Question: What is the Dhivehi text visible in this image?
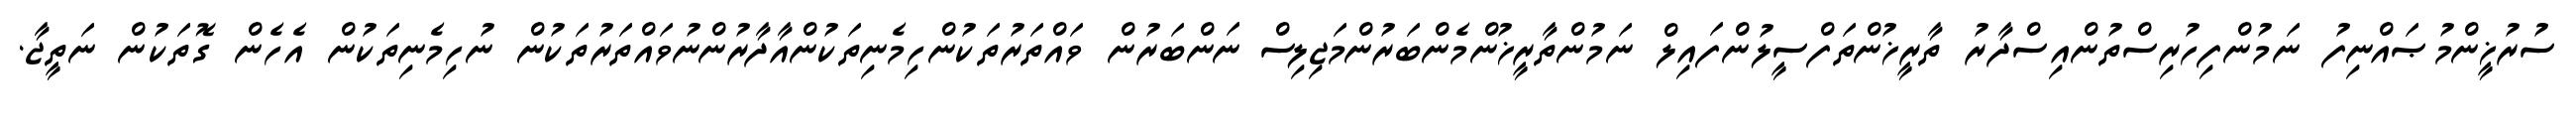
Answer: ސުރުޚީންމުޞައްނިފު ނަމުންފިހުރިސްތުންއިސްދާރު ތާރީޚުންތަފްސީލުންފައިލް ނަމުންތާރީޚުންމެންބަރުންމަޖިލިސް ނަންބަރުން ވައްތަރުތަކުންހިމެނިތަކުންއާދާރުންނުވައްތަރުތަކުން ނުހިމެނިތަކުން އެހެން ގޮތަކުން ނަތީޖާ.